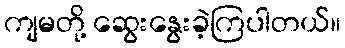
ကျမတို့ ဆွေးနွေးခဲ့ကြပါတယ်။